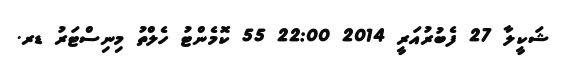
ޝަކީލާ 27 ފެބުރުއަރީ 2014 22:00 55 ކޮމެންޓު ހެލްތު މިނިސްޓަރު ޑރ.